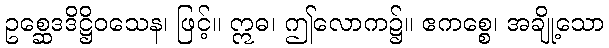
ဥစ္ဆေဒဒိဋ္ဌိဝသေန၊ ဖြင့်။ ဣဓ၊ ဤလောက၌။ ဧကစ္စေ၊ အချို့သော